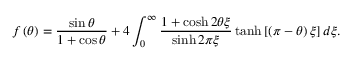
f \left( \theta \right) = \frac { \sin \theta } { 1 + \cos \theta } + 4 \int _ { 0 } ^ { \infty } { \frac { 1 + \cosh 2 \theta \xi } { \sinh 2 \pi \xi } } \operatorname { t a n h } \left[ \left( \pi - \theta \right) \xi \right] d \xi .